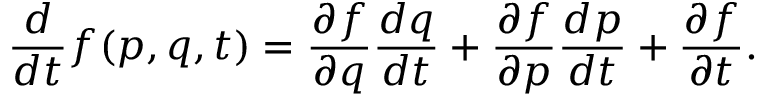
{ \frac { d } { d t } } f ( p , q , t ) = { \frac { \partial f } { \partial q } } { \frac { d q } { d t } } + { \frac { \partial f } { \partial p } } { \frac { d p } { d t } } + { \frac { \partial f } { \partial t } } .